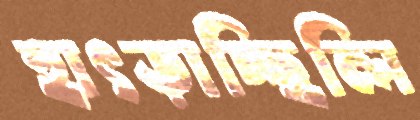
হাৎড়াচ্ছিলি